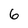
Character: 6